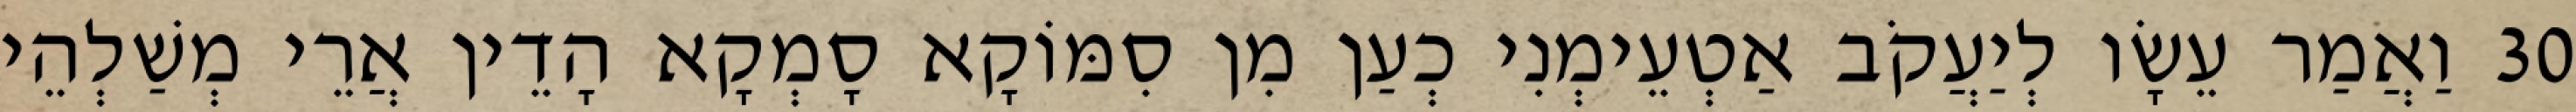
30 וַאֲמַר עֵשָׂו לְיַעֲקֹב אַטְעֵימְנִי כְעַן מִן סִמּוֹקָא סָמְקָא הָדֵין אֲרֵי מְשַׁלְהֵי